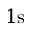
1 \mathrm { s }